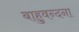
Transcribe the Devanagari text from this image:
बाहुवन्दना